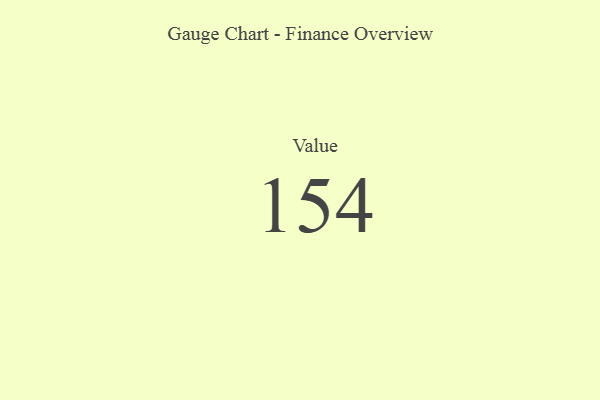
{"axis": {"x": "Metric", "y": "Value"}, "legend": [""], "data": [{"x": "Value", "y": 154, "type": ""}]}